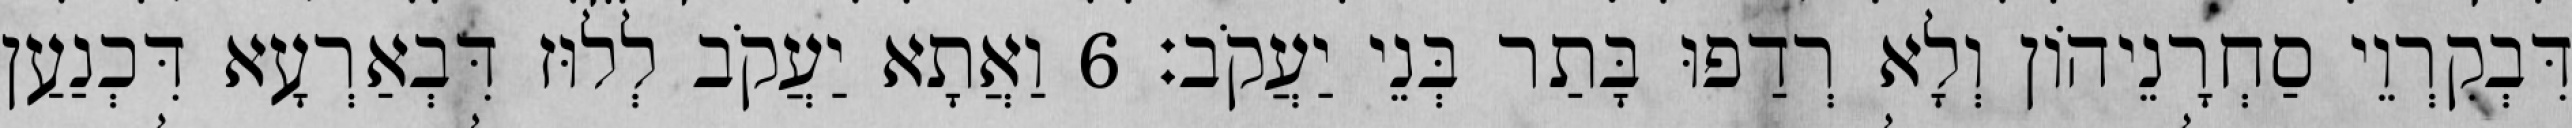
דִּבְקִרְוֵי סַחְרָנֵיהוֹן וְלָא רְדַפוּ בָּתַר בְּנֵי יַעֲקֹב׃ 6 וַאֲתָא יַעֲקֹב לְלוּז דִּבְאַרְעָא דִּכְנַעַן